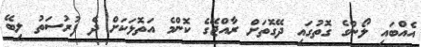
އެއްބައި ލޯންގެ ގޮތުގައި ދޭގޮތަށް ރާއްޖޭގެ ކޮންމެ އަތޮޅަކަށް ދެ ފުރުސަތު ލިބޭ